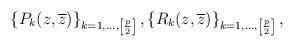
LaTeX: \begin{align*}\left\{P_{k}(z,\overline{z})\right\}_{k=1,\dots,\left[\frac{p}{2}\right]},\left\{R_{k}(z,\overline{z})\right\}_{k=1,\dots,\left[\frac{p}{2}\right]},\end{align*}